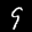
Label: 9